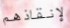
لإنقاذهم